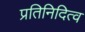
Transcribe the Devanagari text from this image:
प्रतिनिदित्व